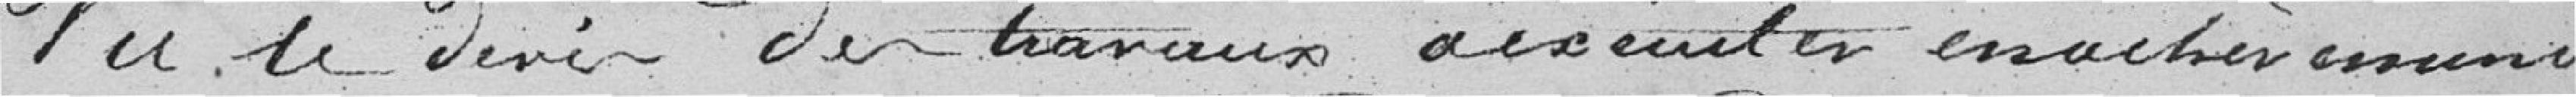
Vu le devis des travaux à exécuter en achèvement